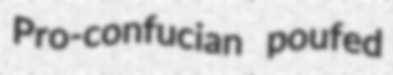
Pro-confucian poufed